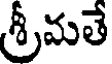
శ్రీమతే